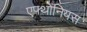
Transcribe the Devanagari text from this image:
एफ्थोनियस